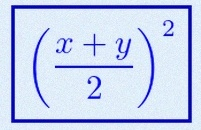
\left(\frac{x+y}{2}\right)^2